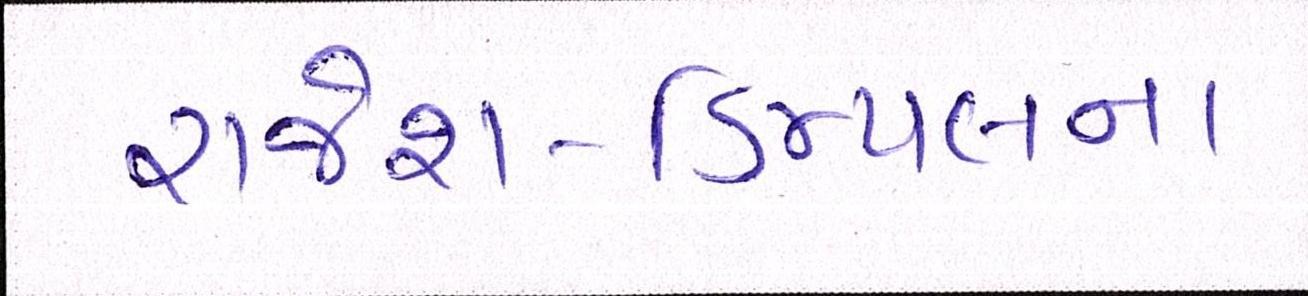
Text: રાજેશ-ડિમ્પલના